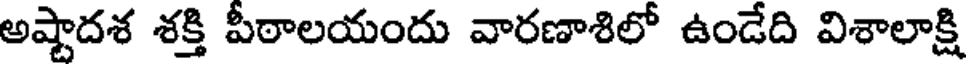
అష్టాదశ శక్తి పీఠాలయందు వారణాశిలో ఉండేది విశాలాక్షి